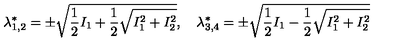
\lambda _ { 1 , 2 } ^ { * } = \pm \sqrt { \frac 1 2 I _ { 1 } + \frac 1 2 \sqrt { I _ { 1 } ^ { 2 } + I _ { 2 } ^ { 2 } } } , \quad \lambda _ { 3 , 4 } ^ { * } = \pm \sqrt { \frac 1 2 I _ { 1 } - \frac 1 2 \sqrt { I _ { 1 } ^ { 2 } + I _ { 2 } ^ { 2 } } }